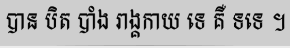
បាន បិត បាំង រាង្គកាយ ទេ គឺ ទទេ ។